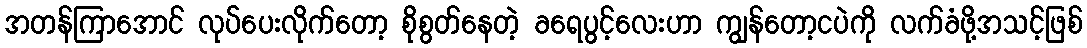
အတန်ကြာအောင် လုပ်ပေးလိုက်တော့ စိုစွတ်နေတဲ့ ခရေပွင့်လေးဟာ ကျွန်တော့ငပဲကို လက်ခံဖို့အသင့်ဖြစ်